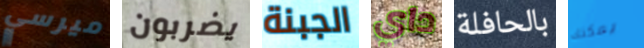
ميرسي يضربون الجبنة داي بالحافلة يمكنك